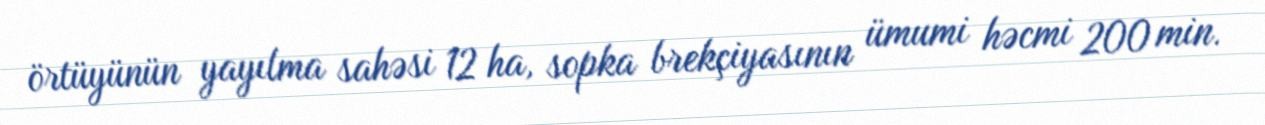
örtüyünün yayılma sahəsi 12 ha, sopka brekçiyasının ümumi həcmi 200 min.